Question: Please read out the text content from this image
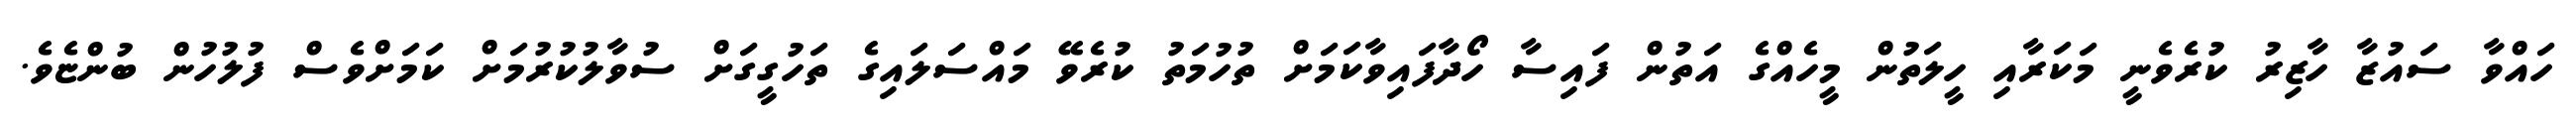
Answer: ހައްވާ ސައުޒާ ހާޒިރު ކުރެވެނީ މަކަރާއި ހީލަތުން މީހެއްގެ އަތުން ފައިސާ ހޯދާފައިވާކަމަށް ތުހުމަތު ކުރެވޭ މައްސަލައިގެ ތަހުގީގަށް ސުވާލުކުރުމަށް ކަމަށްވެސް ފުލުހުން ބުންޏެވެ.